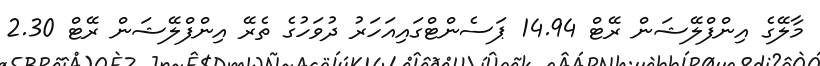
މާލޭގެ އިންފްލޭޝަން ރޭޓް 14.94 ޕަސެންޓްގައިއަހަރު ދުވަހުގެ ތެރޭ އިންފްލޭޝަން ރޭޓް 2.30